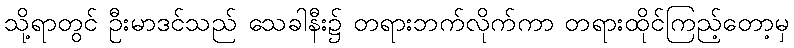
သို့ရာတွင် ဦးမာဒင်သည် သေခါနီး၌ တရားဘက်လိုက်ကာ တရားထိုင်ကြည့်တော့မှ